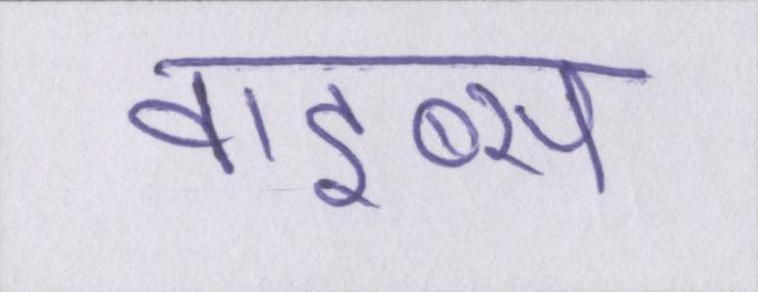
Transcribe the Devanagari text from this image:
वाइब्स